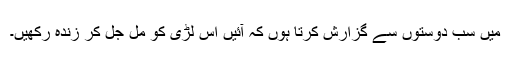
میں سب دوستوں سے گزارش کرتا ہوں کہ آئیں اس لڑی کو مل جل کر زندہ رکھیں۔